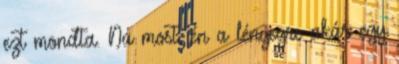
ezt mondta. Na most, én a lényegre akár egy